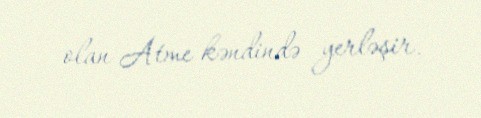
olan Atme kəndində yerləşir.